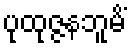
ပုထုဇ္ဇနဘူမိံ